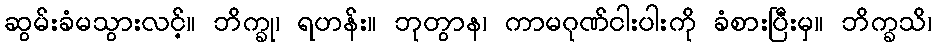
ဆွမ်းခံမသွားလင့်။ ဘိက္ခု၊ ရဟန်း။ ဘုတွာန၊ ကာမဂုဏ်ငါးပါးကို ခံစားပြီးမှ။ ဘိက္ခသိ၊